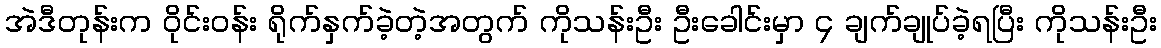
အဲဒီတုန်းက ဝိုင်းဝန်း ရိုက်နှက်ခဲ့တဲ့အတွက် ကိုသန်းဦး ဦးခေါင်းမှာ ၄ ချက်ချုပ်ခဲ့ရပြီး ကိုသန်းဦး